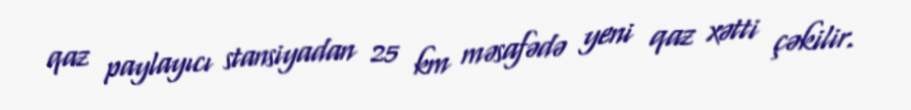
qaz paylayıcı stansiyadan 25 km məsafədə yeni qaz xətti çəkilir.